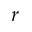
\boldsymbol { r }